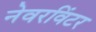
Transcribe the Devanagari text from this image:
नेवरविंटर